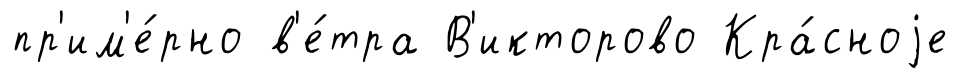
пр'им'е́рно в'е́тра В'икторово Кра́сноjе